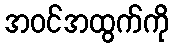
အဝင်အထွက်ကို